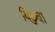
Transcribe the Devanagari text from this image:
बिछुवा